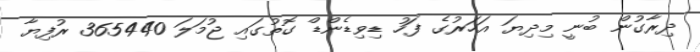
ދިރާގުން ބުނީ މިދިޔަ އަހަރުގެ ފަހު ޑިވިޑެންޑް ގޮތުގައި ޖުމަލަ 365440 ރުފިޔާ